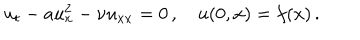
u _ { t } - a u _ { x } ^ { 2 } - { \nu } { u } _ { x x } = 0 \, , \quad u ( 0 , x ) = f ( x ) \, .